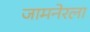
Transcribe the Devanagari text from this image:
जामनेरला